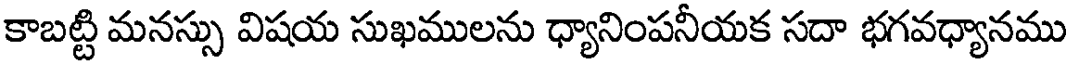
కాబట్టి మనస్సు విషయ సుఖములను ధ్యానింపనీయక సదా భగవధ్యానము